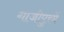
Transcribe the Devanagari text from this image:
गाजीपुरमें